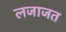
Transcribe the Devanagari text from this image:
लजाजत